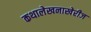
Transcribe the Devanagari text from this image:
कथालेखनाखेरीज